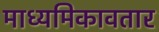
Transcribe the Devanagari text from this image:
माध्यमिकावतार